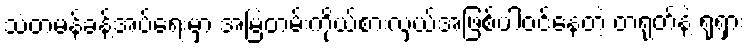
သံတမန်ခန့်အပ်ရေးမှာ အမြဲတမ်းကိုယ်စားလှယ်အဖြစ်ပါဝင်နေတဲ့ တရုတ်နဲ့ ရုရှား